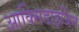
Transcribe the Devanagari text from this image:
आक्सिडाइजिंग